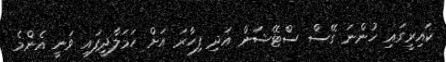
ކައިރީގައި ހުންނަ ގޭސް ސްޓޭޝަން އަދި ފިހާރަ އަށް ހަމަލާދީފައި ވަނީ އެންމެ